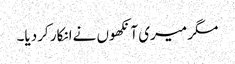
مگر میری آنکھوں نےانکار کردیا۔